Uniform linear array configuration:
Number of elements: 48
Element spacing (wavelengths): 0.5
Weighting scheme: binomial
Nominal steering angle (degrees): -15
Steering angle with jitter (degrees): -14.89
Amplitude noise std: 0.05
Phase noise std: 0.05

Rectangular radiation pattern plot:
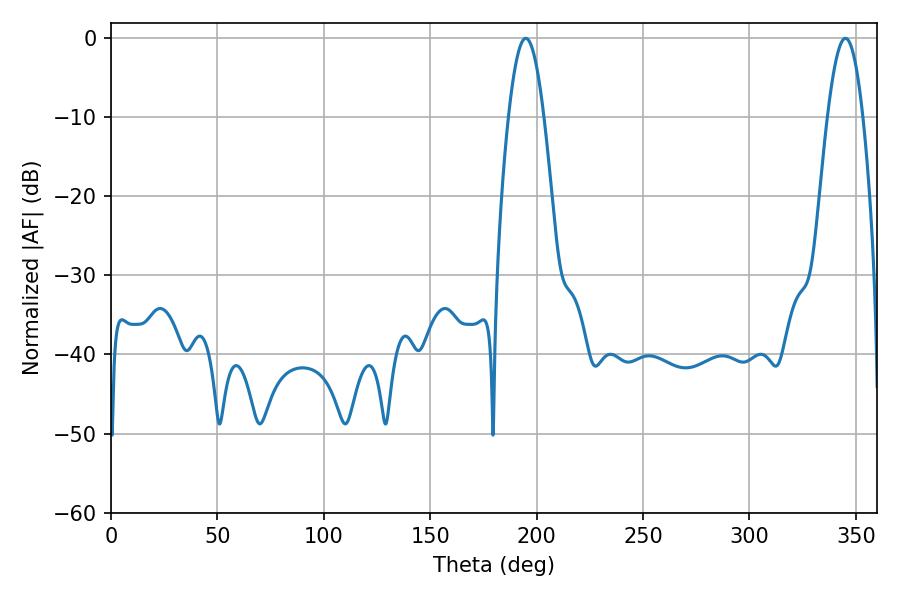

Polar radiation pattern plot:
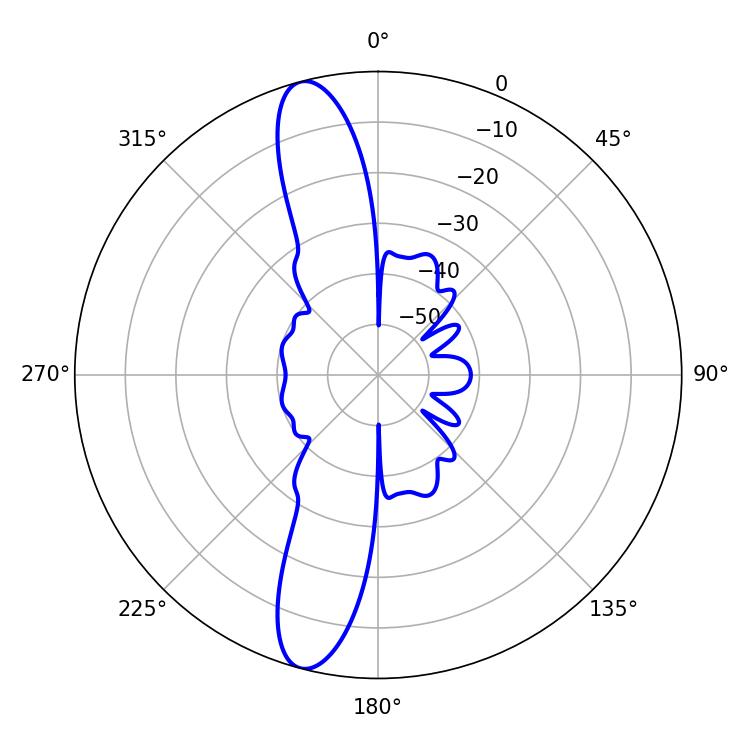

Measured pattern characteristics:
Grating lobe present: FALSE
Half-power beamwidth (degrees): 9
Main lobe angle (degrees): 194.94